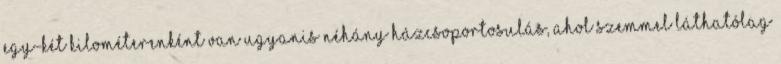
Egy-két kilométerenként van ugyanis néhány házcsoportosulás, ahol szemmel láthatólag